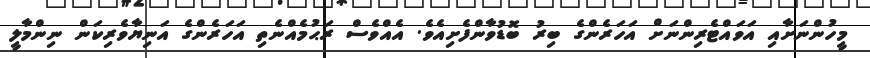
މީހުންނަށާއި އަވައްޓެރިންނަށް އަހަރެންގެ ބިރު ބޮޑުވާންފެށިއެވެ. އެއްވެސް ރަޙުމެއްނެތި އަހަރެންގެ އަނިޔާވެރިކަން ނިންމާލީ